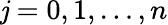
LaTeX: \mathit{j}=0,1,\ldots,n